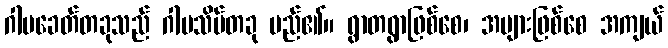
ဂါမခေတ်တခုသည် ဂါမသိမ်တခု မည်၏။ ရွာတရွာဖြစ်စေ၊ အများဖြစ်စေ အကျယ်